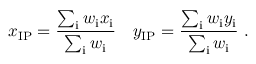
x _ { \mathrm { { I P } } } = \frac { \sum _ { \mathrm { { i } } } w _ { \mathrm { { i } } } x _ { \mathrm { { i } } } } { \sum _ { \mathrm { { i } } } w _ { \mathrm { { i } } } } \- \ \- \ \- \ y _ { \mathrm { { I P } } } = \frac { \sum _ { \mathrm { { i } } } w _ { \mathrm { { i } } } y _ { \mathrm { { i } } } } { \sum _ { \mathrm { { i } } } w _ { \mathrm { { i } } } } ~ .